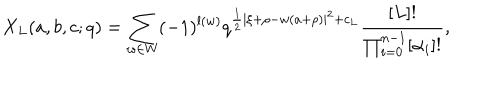
LaTeX: X _ { L } ( a , b , c ; q ) = \sum _ { w \in W } ( - 1 ) ^ { l ( w ) } q ^ { { \frac { 1 } { 2 } } | \xi + \rho - w ( a + \rho ) | ^ { 2 } + c _ { L } } { \frac { [ L ] ! } { \prod _ { i = 0 } ^ { n - 1 } [ \alpha _ { i } ] ! } } ,